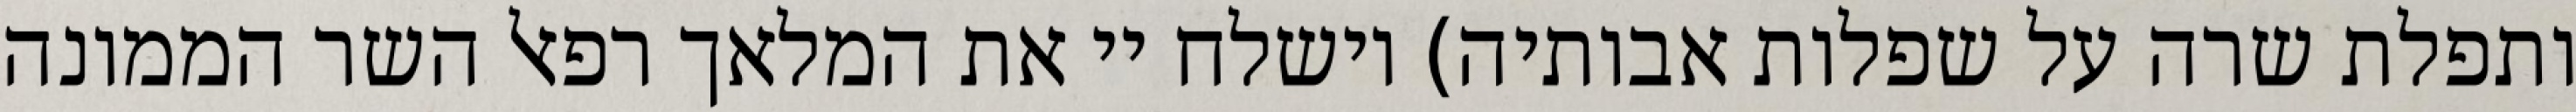
ותפלת שרה על שפלות אבותיה) וישלח יי את המלאך רפאל השר הממונה